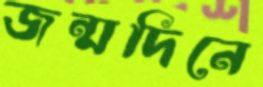
জন্মদিনে